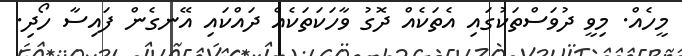
މީހެއް. މިވީ ދުވަސްތަކުގައި އެތަކެއް ދޮގު ވާހަކަތަކެއް ދައްކައި އޭނގެން ފައިސާ ހޯދި.